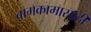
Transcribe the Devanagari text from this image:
बागकामासाठी